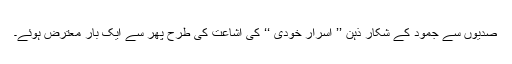
صدیوں سے جمود کے شکار ذہن ’’ اسرار خودی ‘‘ کی اشاعت کی طرح پھر سے ایک بار معترض ہوئے۔